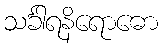
သင်္ခါရနိရောဓော